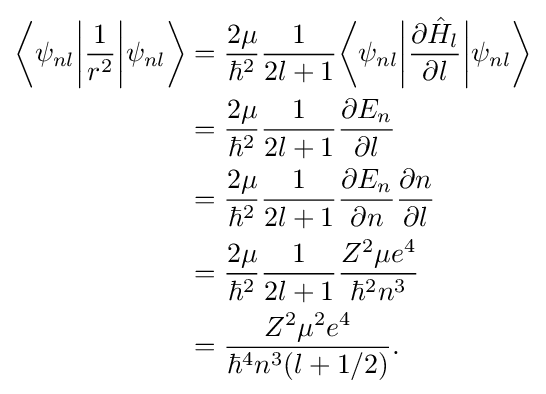
{\begin{aligned}{\bigg \langle }\psi _{nl}{\bigg |}{\frac {1}{r^{2}}}{\bigg |}\psi _{nl}{\bigg \rangle }&={\frac {2\mu }{\hbar ^{2}}}{\frac {1}{2l+1}}{\bigg \langle }\psi _{nl}{\bigg |}{\frac {\partial {\hat {H}}_{l}}{\partial l}}{\bigg |}\psi _{nl}{\bigg \rangle }\\&={\frac {2\mu }{\hbar ^{2}}}{\frac {1}{2l+1}}{\frac {\partial E_{n}}{\partial l}}\\&={\frac {2\mu }{\hbar ^{2}}}{\frac {1}{2l+1}}{\frac {\partial E_{n}}{\partial n}}{\frac {\partial n}{\partial l}}\\&={\frac {2\mu }{\hbar ^{2}}}{\frac {1}{2l+1}}{\frac {Z^{2}\mu e^{4}}{\hbar ^{2}n^{3}}}\\&={\frac {Z^{2}\mu ^{2}e^{4}}{\hbar ^{4}n^{3}(l+1/2)}}.\end{aligned}}